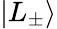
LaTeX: |L_{\pm}\rangle